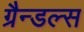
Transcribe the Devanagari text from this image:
ग्रैन्डल्स